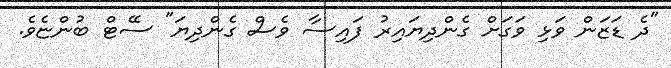
"ދެ ޑަޒަން ވަޅި ވަގަށް ގެންދިޔައިރު ފައިސާ ވެސް ގެންދިޔަ" ސޭޓް ބުންޏެވެ.